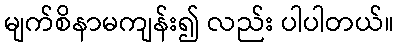
မျက်စိနာမကျန်း၍ လည်း ပါပါတယ်။